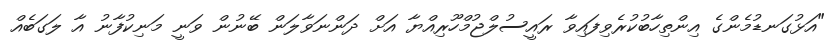
"އަޅުގަނޑުމެންގެ އިންތިހާބުކުރެވިފައިވާ ރައީސުލްޖުމްހޫރިއްޔާ އަށް ދަންނަވާލަން ބޭނުން ވަނީ މަނިކުފާނު އާ ލަގަބެއް